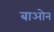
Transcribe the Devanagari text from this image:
बाओन